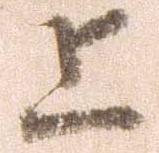
上